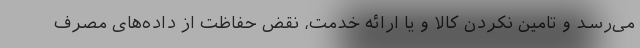
می‌رسد و تامین نکردن کالا و یا ارائه خدمت، نقض حفاظت از داده‌های مصرف